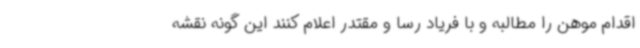
اقدام موهن را مطالبه و با فریاد رسا و مقتدر اعلام کنند این گونه نقشه